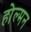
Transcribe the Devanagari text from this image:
होल्मन